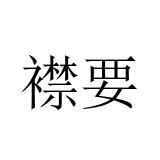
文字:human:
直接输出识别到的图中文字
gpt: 襟要